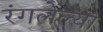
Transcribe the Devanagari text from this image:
रंगलेल्या